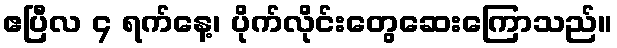
ဧပြီလ ၄ ရက်နေ့၊ ပိုက်လိုင်းတွေဆေးကြောသည်။